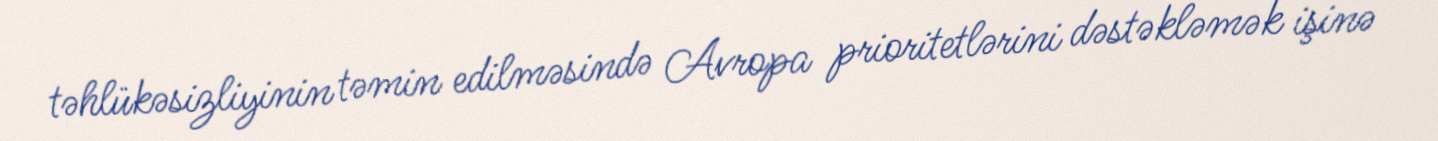
təhlükəsizliyinin təmin edilməsində Avropa prioritetlərini dəstəkləmək işinə